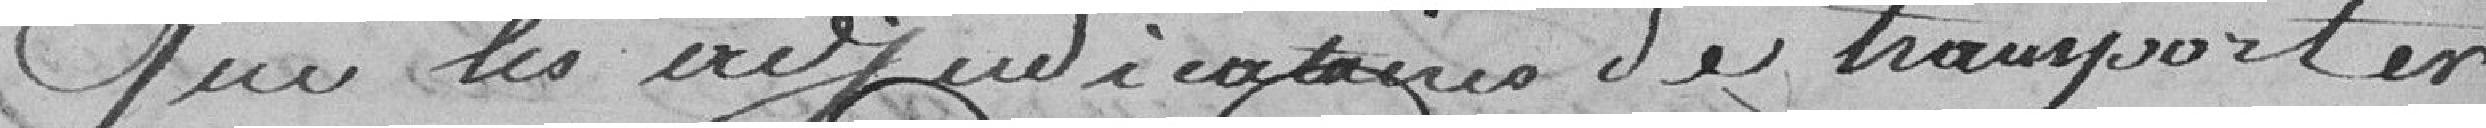
que les adjudicataires de transporter